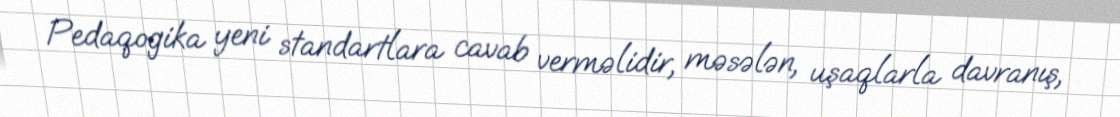
Pedaqogika yeni standartlara cavab verməlidir, məsələn, uşaqlarla davranış,